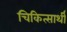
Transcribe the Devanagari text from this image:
चिकित्सार्थी